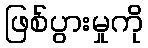
ဖြစ်ပွားမှုကို